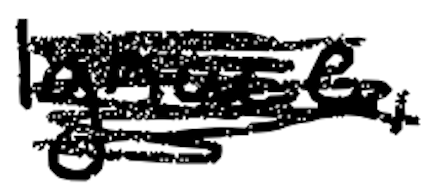
Text: Ignace,
Cross-out: scratch
Writing tool: digital_black